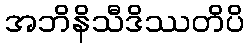
အဘိနိသီဒိဿတိပိ